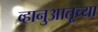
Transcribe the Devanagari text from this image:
व्हानुआतूच्या